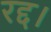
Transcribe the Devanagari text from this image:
रद्द।